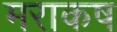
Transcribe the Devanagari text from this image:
मराकष